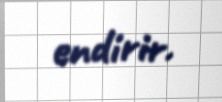
endirir.